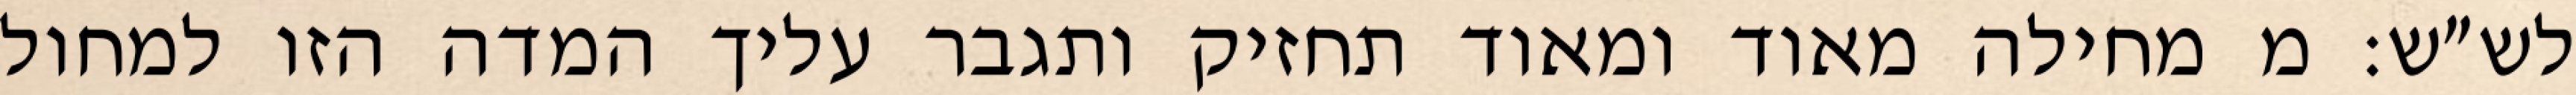
לש״ש: מ מחילה מאוד ומאוד תחזיק ותגבר עליך המדה הזו למחול